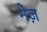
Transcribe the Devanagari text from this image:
नेज़